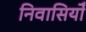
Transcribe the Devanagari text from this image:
निवासियोँ